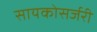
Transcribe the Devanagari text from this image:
सायकोसर्जरी